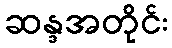
ဆန္ဒအတိုင်း